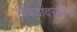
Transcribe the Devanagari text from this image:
विषयावरचीच